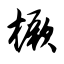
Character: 橛